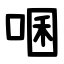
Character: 㖥